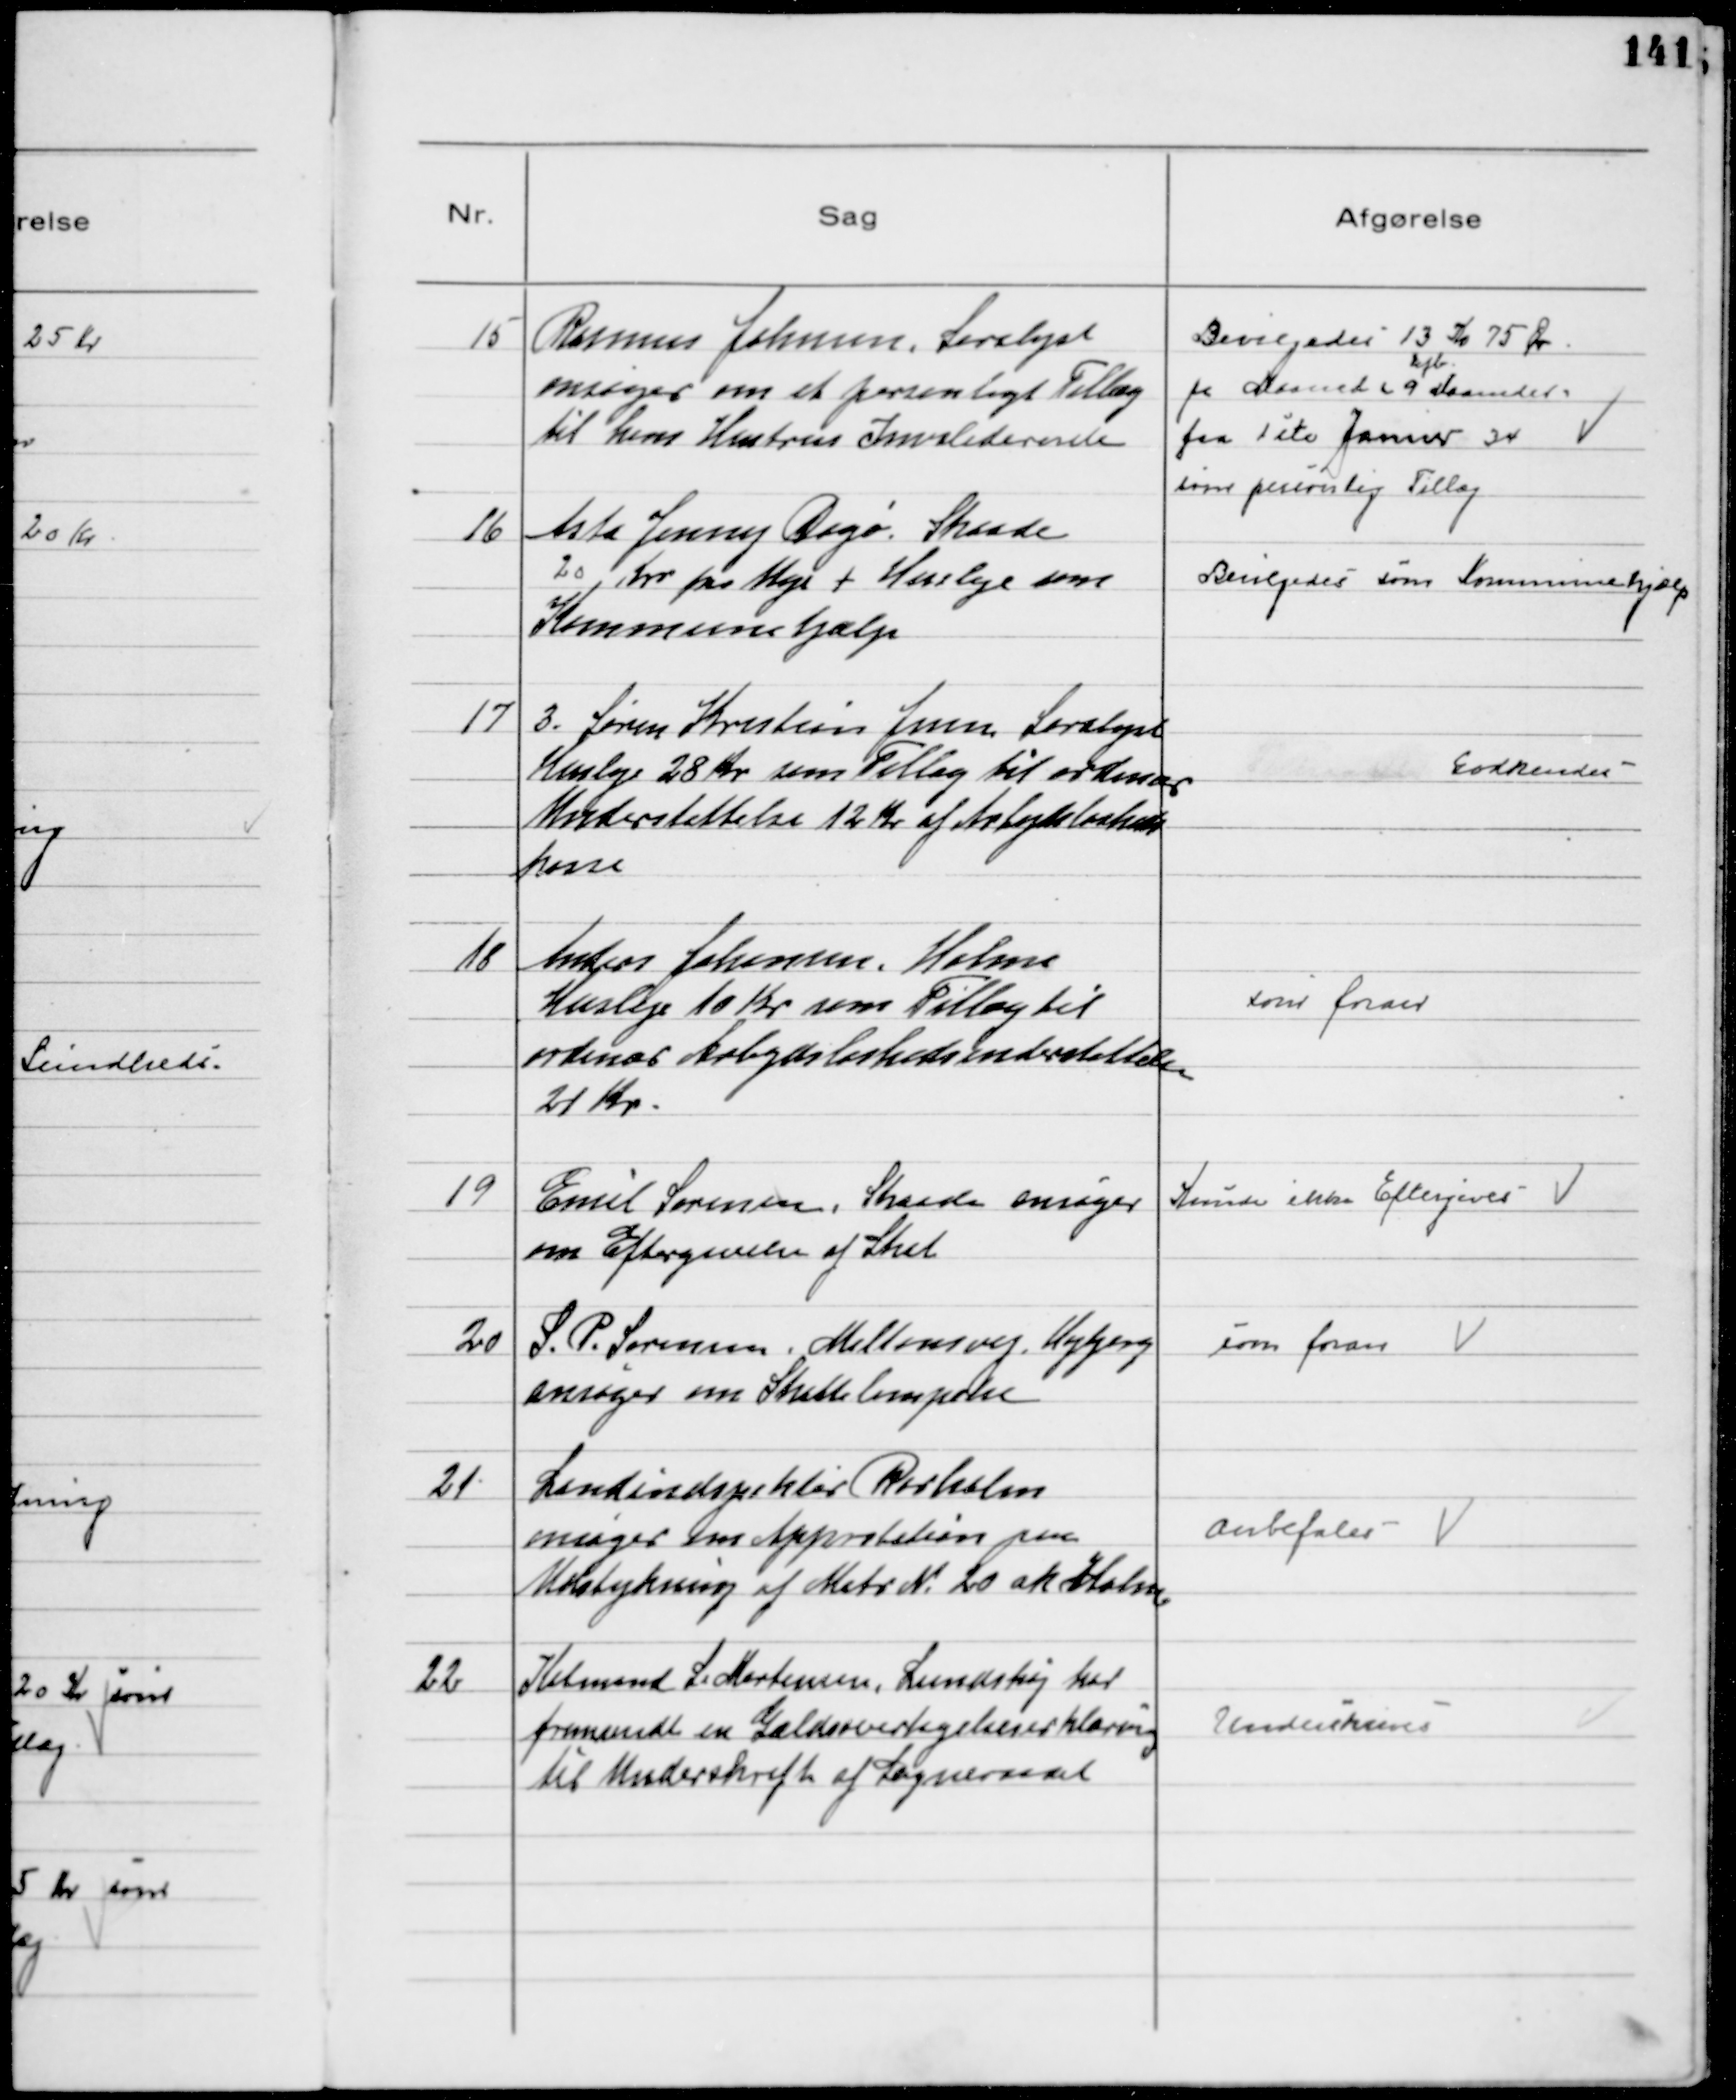
Transskription:
15
Rasmus Johnsen, Saralyst
ansøger om et personligt Tillæg
til hans Hustrus Invaliderente

Bevilgedes 13 Kr 75 Øre
ugl.
pr Maaned (9 Maaneder)
fra 1ste Januar 34
som Personlig Tillæg

16
Asta Jenny Dagø Skaade
20 Kr pr Uge + Husleje som
Kommunehjælp

Bevilgedes som Kommunehjælp

17
3. Søren Kristian Jensen Saralyst
Husleje 28 Kr som Tillæg til ordinær
Understøttelse 12 Kr af Arbejdsløsheds
kasse

Godkendes

18
Anders Johansen, Holme
Husleje 10 Kr som Tillæg til
ordinær Arbejdsløshedsunderstøttelse
21 Kr.

som foran

19
Emil Sørensen, Skaade ansøger
om Eftergivelse af Skat

Kunde ikke Eftergives

20
S. P. Sørensen, Miltonsvej, Højbjerg
ansøger om Skattelempelse

som foran

21
Landinspektør Rørholm
ansøger om Approbation paa
Udstykning af Matr № 20 ak Holme

Anbefales

22
Købmand L. Mortensen, Lundshøj har
fremsendt en Gældsovertagelseserklæring
til Underskrift af Sogneraadet

Underskrives